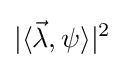
|\langle {\vec {\lambda }},\psi \rangle |^{2}